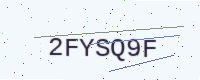
Text: 2FYSQ9F